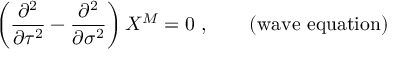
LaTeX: \left( \frac { \partial ^ { 2 } } { \partial \tau ^ { 2 } } - \frac { \partial ^ { 2 } } { \partial \sigma ^ { 2 } } \right) X ^ { M } = 0 ~ , \qquad ( \mathrm { w a v e ~ e q u a t i o n } )